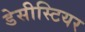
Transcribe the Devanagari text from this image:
डेसीस्टियर